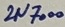
Text: 2N7000